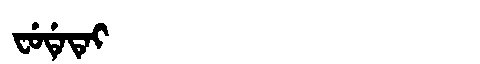
Manchu: ᠸᡠᡩᡝᡨᡝᡳ
Romanization: FUDETEI